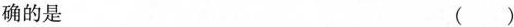
确的是 ()